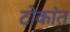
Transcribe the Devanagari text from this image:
टोकांत